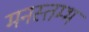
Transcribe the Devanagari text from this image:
मनस्तम्भ